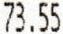
73.55